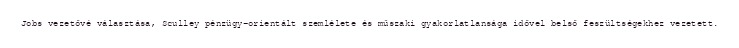
Jobs vezetővé választása, Sculley pénzügy-orientált szemlélete és műszaki gyakorlatlansága idővel belső feszültségekhez vezetett.